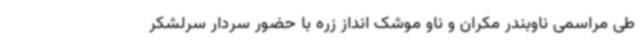
طی مراسمی ناوبندر مکران و ناو موشک انداز زره با حضور سردار سرلشکر